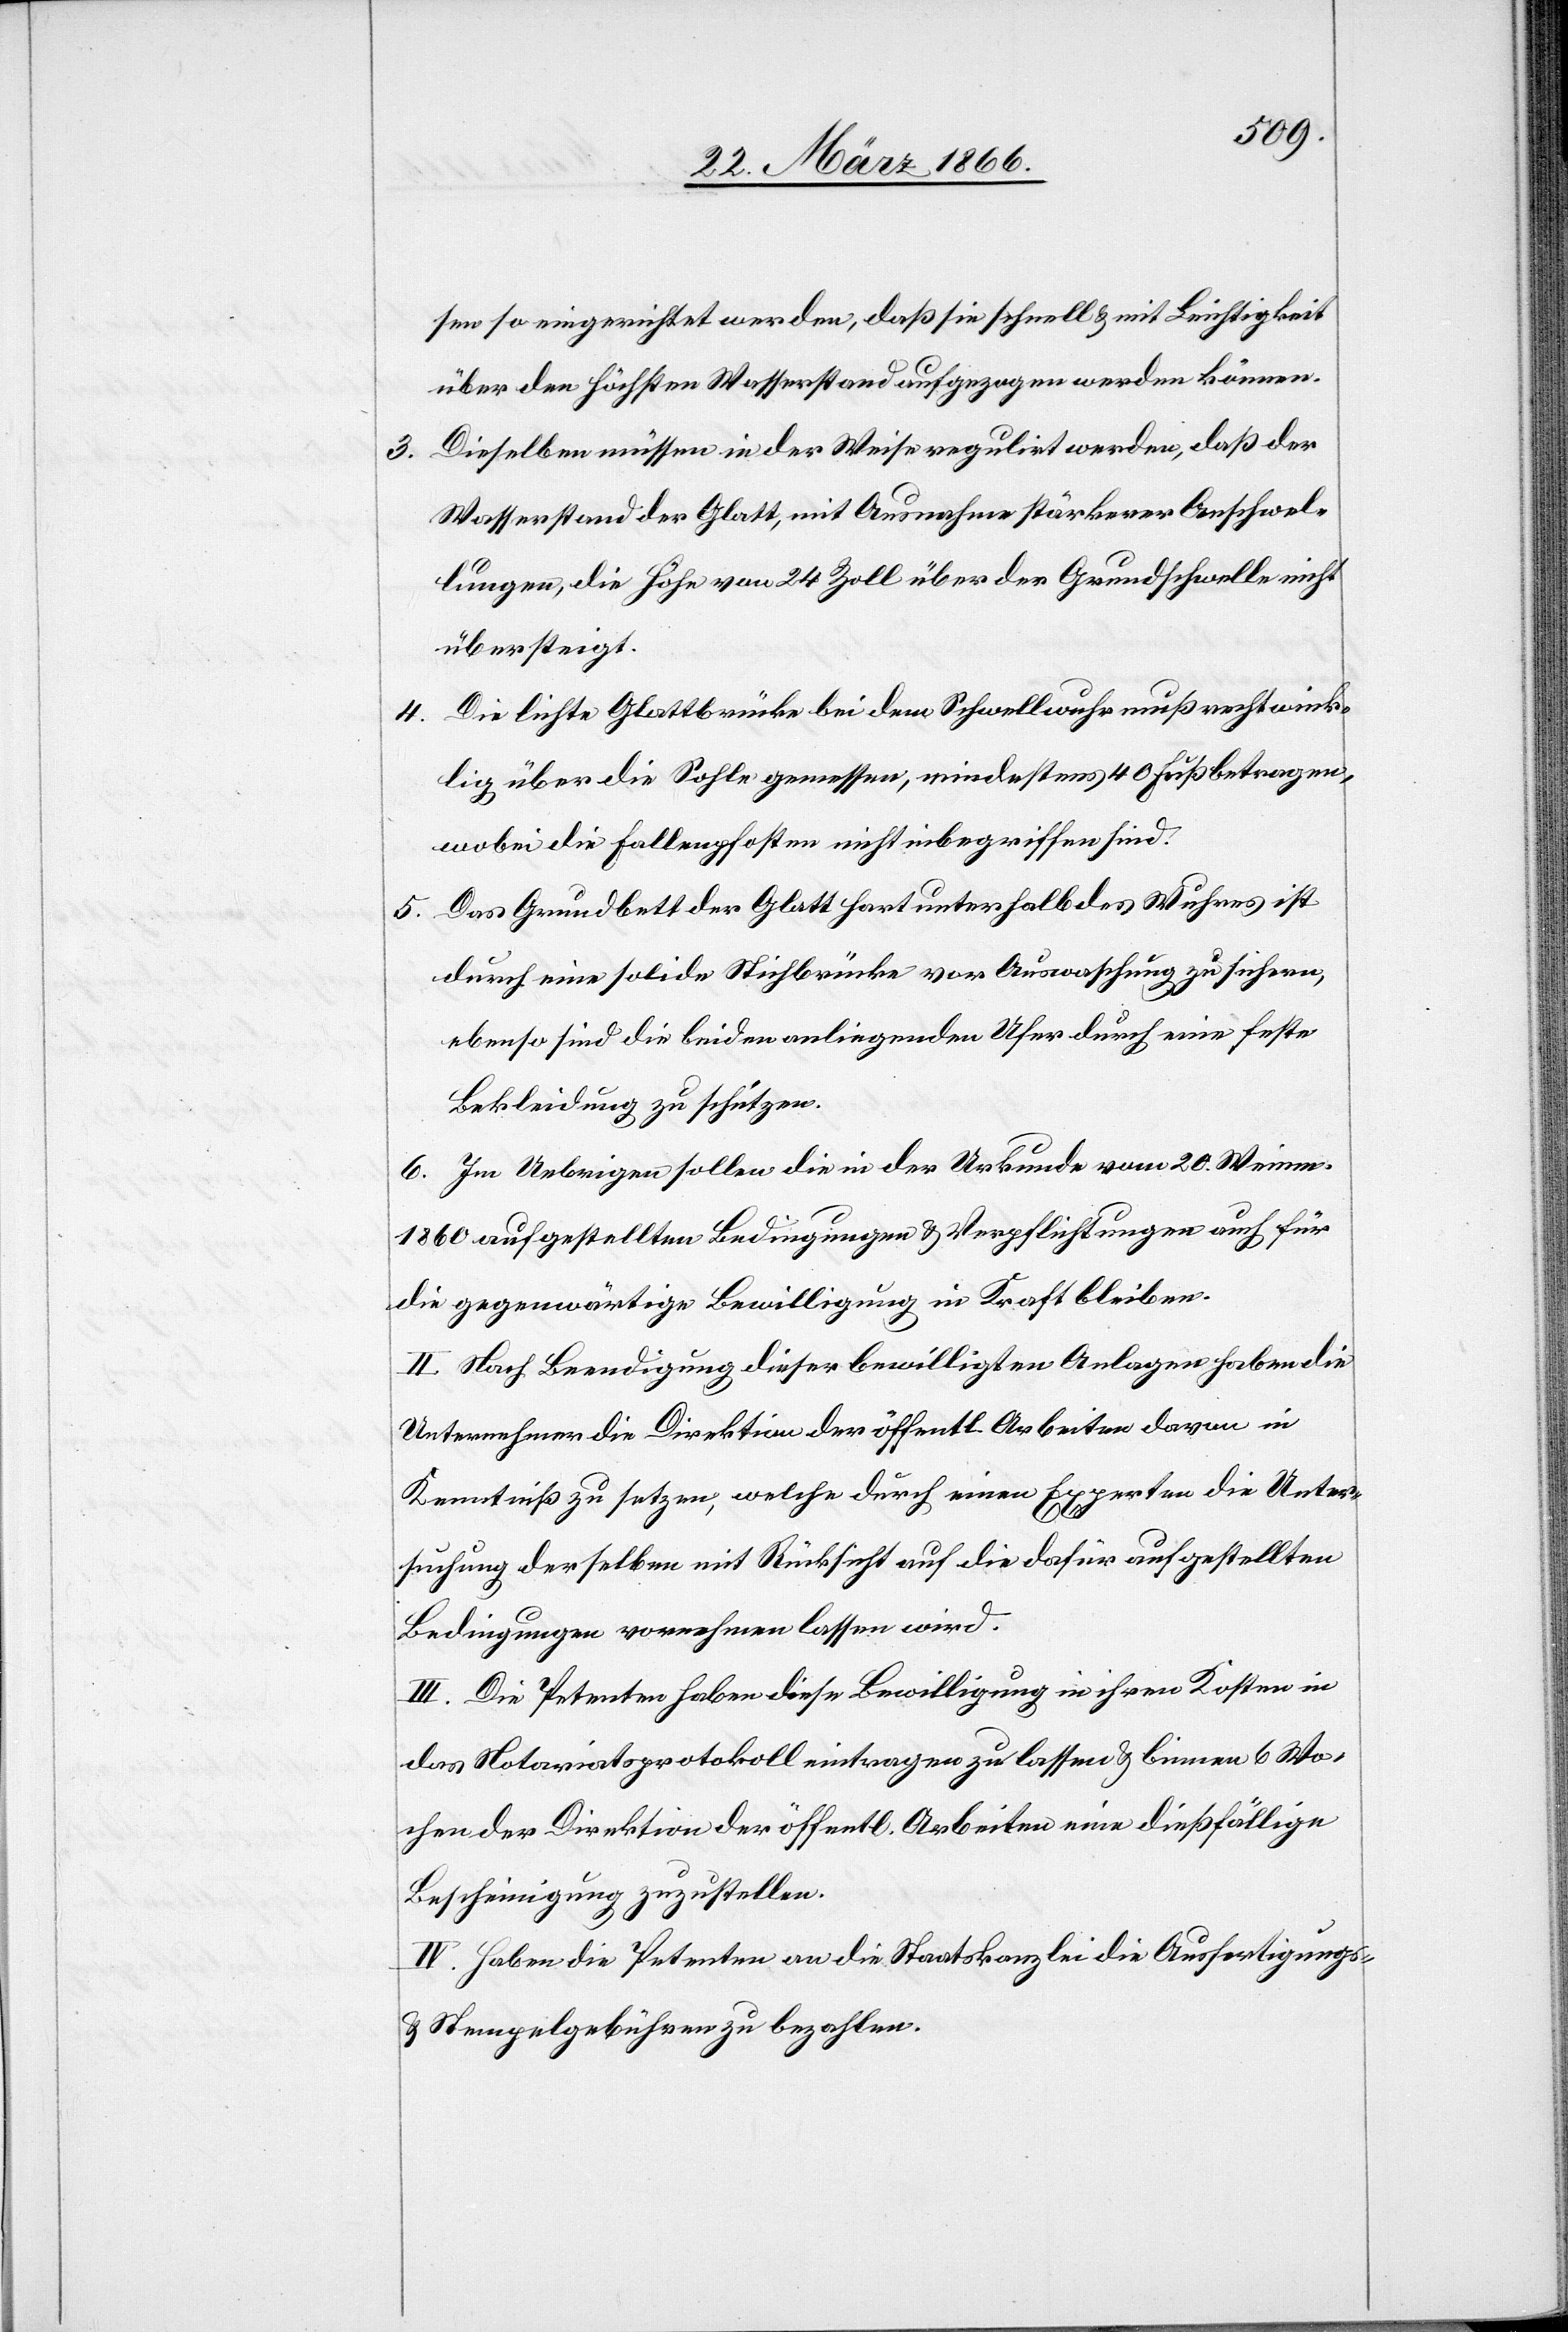
sen so eingerichtet werden, daß sie schnell u. mit Leichtigkeit
über den höchsten Wasserstand aufgezogen werden können.
3. Dieselben müssen in der Weise regulirt werden, daß der
Wasserstand der Glatt, mit Ausnahme stärkerer Anschwel¬
lungen, die Höhe von 24 Zoll über der Grundschwelle nicht
übersteigt.
4. Die lichte Glattbrücke bei dem Schwellwuhr muß rechtwink¬
lig über die Sohle gemessen, mindestens 40 Fuß betragen,
wobei die Fallenpfosten nicht inbegriffen sind.
5. Das Grundbett der Glatt hart unterhalb des Wuhres ist
durch eine solide Stichbrücke vor Auswaschung zu sichern,
ebenso sind die beiden anliegenden Ufer durch eine feste
Bekleidung zu schützen.
6. Im Uebrigen sollen die in der Urkunde vom 20. Weinm.
1860 aufgestellten Bedingungen u. Verpflichtungen auch für
die gegenwärtige Bewilligung in Kraft bleiben.
II. Nach Beendigung dieser bewilligten Anlagen haben die
Unternehmer die Direktion der öffentl. Arbeiten davon in
Kenntniß zu setzen, welche durch einen Experten die Unter¬
suchung derselben mit Rücksicht auf die dafür aufgestellten
Bedingungen vornehmen lassen wird.
III. Die Petenten haben diese Bewilligung in ihren Kosten in
das Notariatsprotokoll eintragen zu lassen u. binnen Wo¬
chen der Direktion der öffentl. Arbeiten eine dießfällige
Bescheinigung zuzustellen.
IV. Haben die Petenten an die Staatskanzlei die Ausfertigungs-
u. Stempelgebühren zu bezahlen.